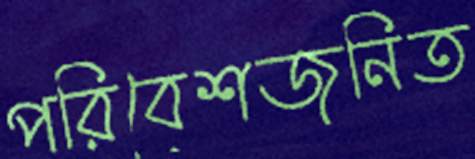
পরিবেশজনিত